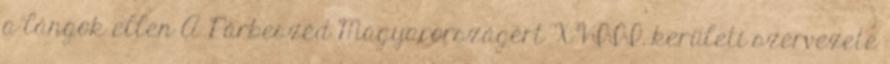
a lángok ellen A Párbeszéd Magyarországért XVIII. kerületi szervezete